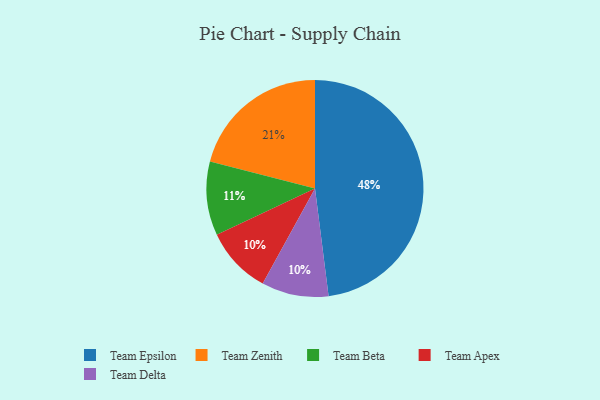
{"axis": {"x": "Category", "y": "Percentage"}, "legend": ["Team Apex", "Team Beta", "Team Delta", "Team Epsilon", "Team Zenith"], "data": [{"x": "Team Apex", "y": 10, "type": "Team Apex"}, {"x": "Team Zenith", "y": 21, "type": "Team Zenith"}, {"x": "Team Beta", "y": 11, "type": "Team Beta"}, {"x": "Team Delta", "y": 10, "type": "Team Delta"}, {"x": "Team Epsilon", "y": 48, "type": "Team Epsilon"}]}